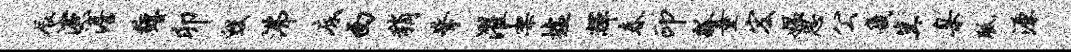
辰演澹缠卯毁沸底西稍擎濯架墟辉春印瓢童宏媪思公畿冀臬胝源